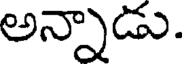
అన్నాడు.